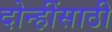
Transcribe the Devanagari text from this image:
दोन्हींसाठी